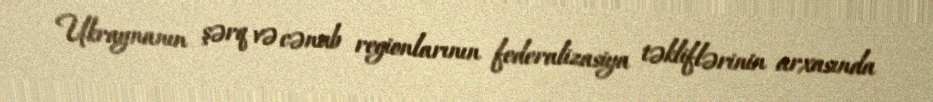
Ukraynanın şərq və cənub regionlarının federalizasiya təkliflərinin arxasında